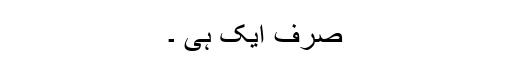
صرف ایک ہی ۔